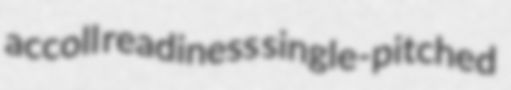
accoll readiness single-pitched